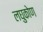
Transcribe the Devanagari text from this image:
लघुकोण